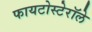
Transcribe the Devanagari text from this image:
फायटोस्टेरॉले